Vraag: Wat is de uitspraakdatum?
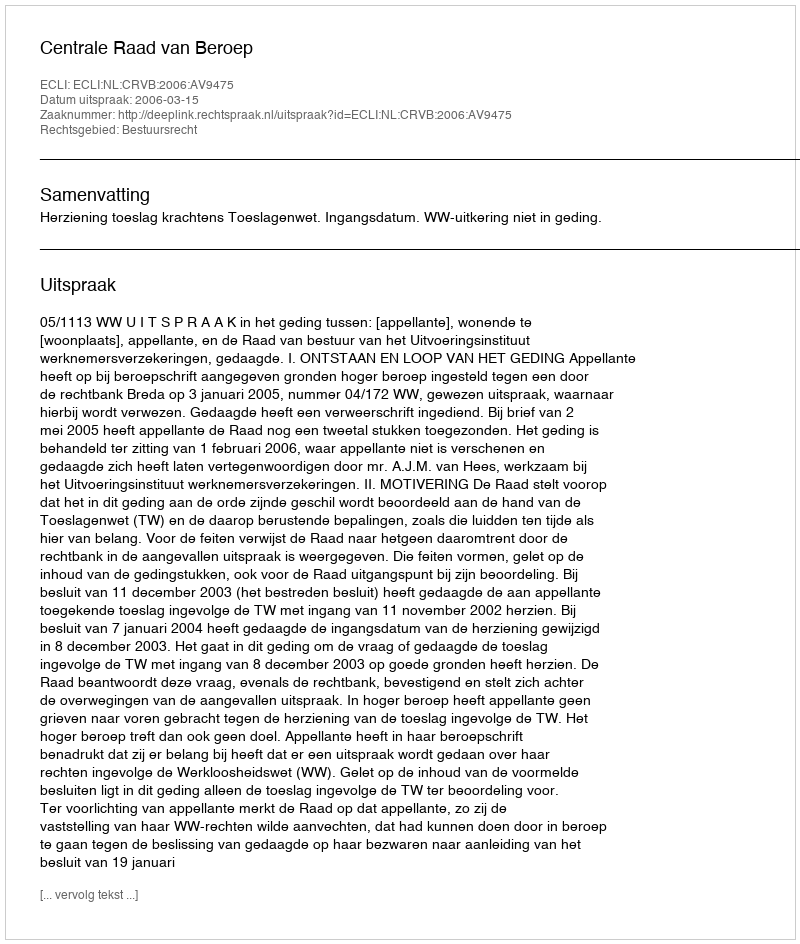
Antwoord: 2006-03-15